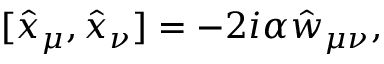
[ \hat { x } _ { \mu } , \hat { x } _ { \nu } ] = - 2 i \alpha \hat { w } _ { \mu \nu } ,